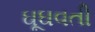
ઘૂઘવતી